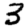
Digit: 3